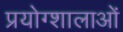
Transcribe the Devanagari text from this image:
प्रयोग्शालाओं